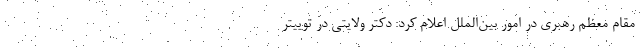
مقام معظم رهبری در امور بین‌الملل اعلام کرد: دکتر ولایتی در توییتر